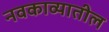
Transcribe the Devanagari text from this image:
नवकाव्यातील